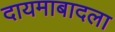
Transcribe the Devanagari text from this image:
दायमाबादला